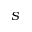
S